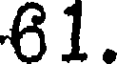
61.